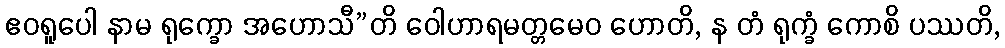
ဧဝရူပေါ နာမ ရုက္ခော အဟောသီ”တိ ဝေါဟာရမတ္တမေဝ ဟောတိ, န တံ ရုက္ခံ ကောစိ ပဿတိ,